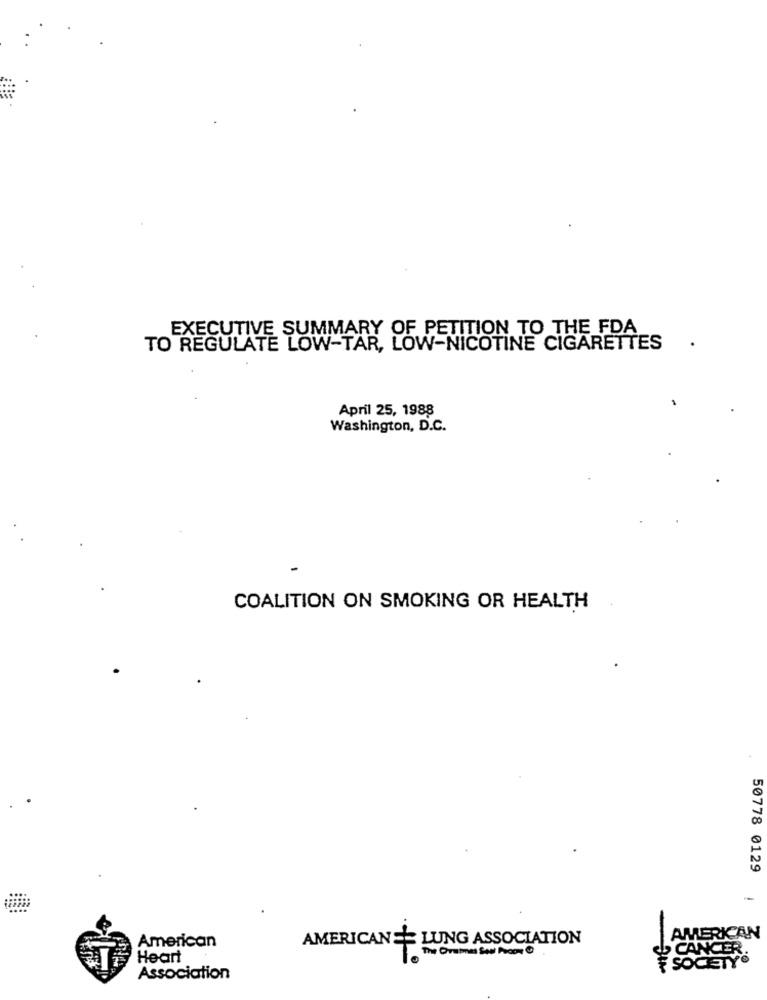
EXECUTIVE SUMMARY OF PETITION TO THE FDA
.
TO REGULATE LOW-TAR, LOW-NICOTINE CIGARETTES
April 25, 1988
Washington, D.C.
COALITION ON SMOKING OR HEALTH
50778 0129
-
AMERKAN
American
AMERICAN == LUNG ASSOCIATION
SCANCER
Heart
F SOCIETY
Association